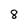
Character: 8